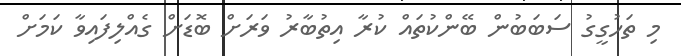
މި ތަހުގީގު ސަބަބުން ބޭންކުތައް ކުރާ އިތުބާރު ވަަރަށް ބޮޑަށް ގެއްލިފައިވާ ކަމަށް